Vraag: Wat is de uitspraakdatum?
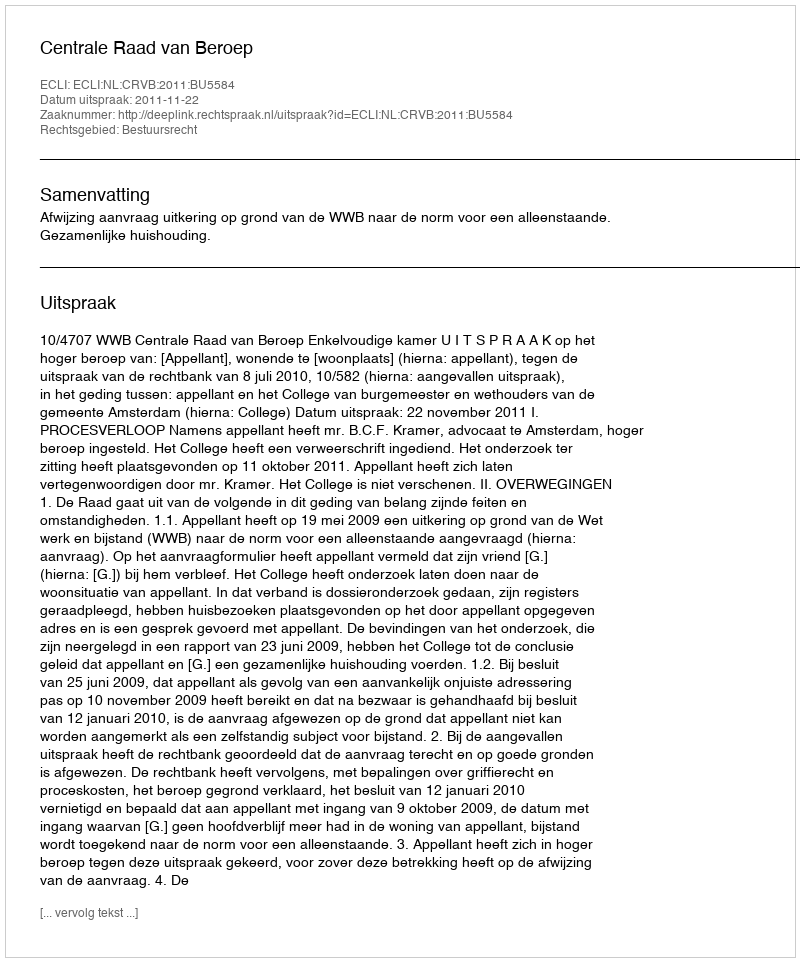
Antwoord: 2011-11-22